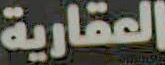
العقارية